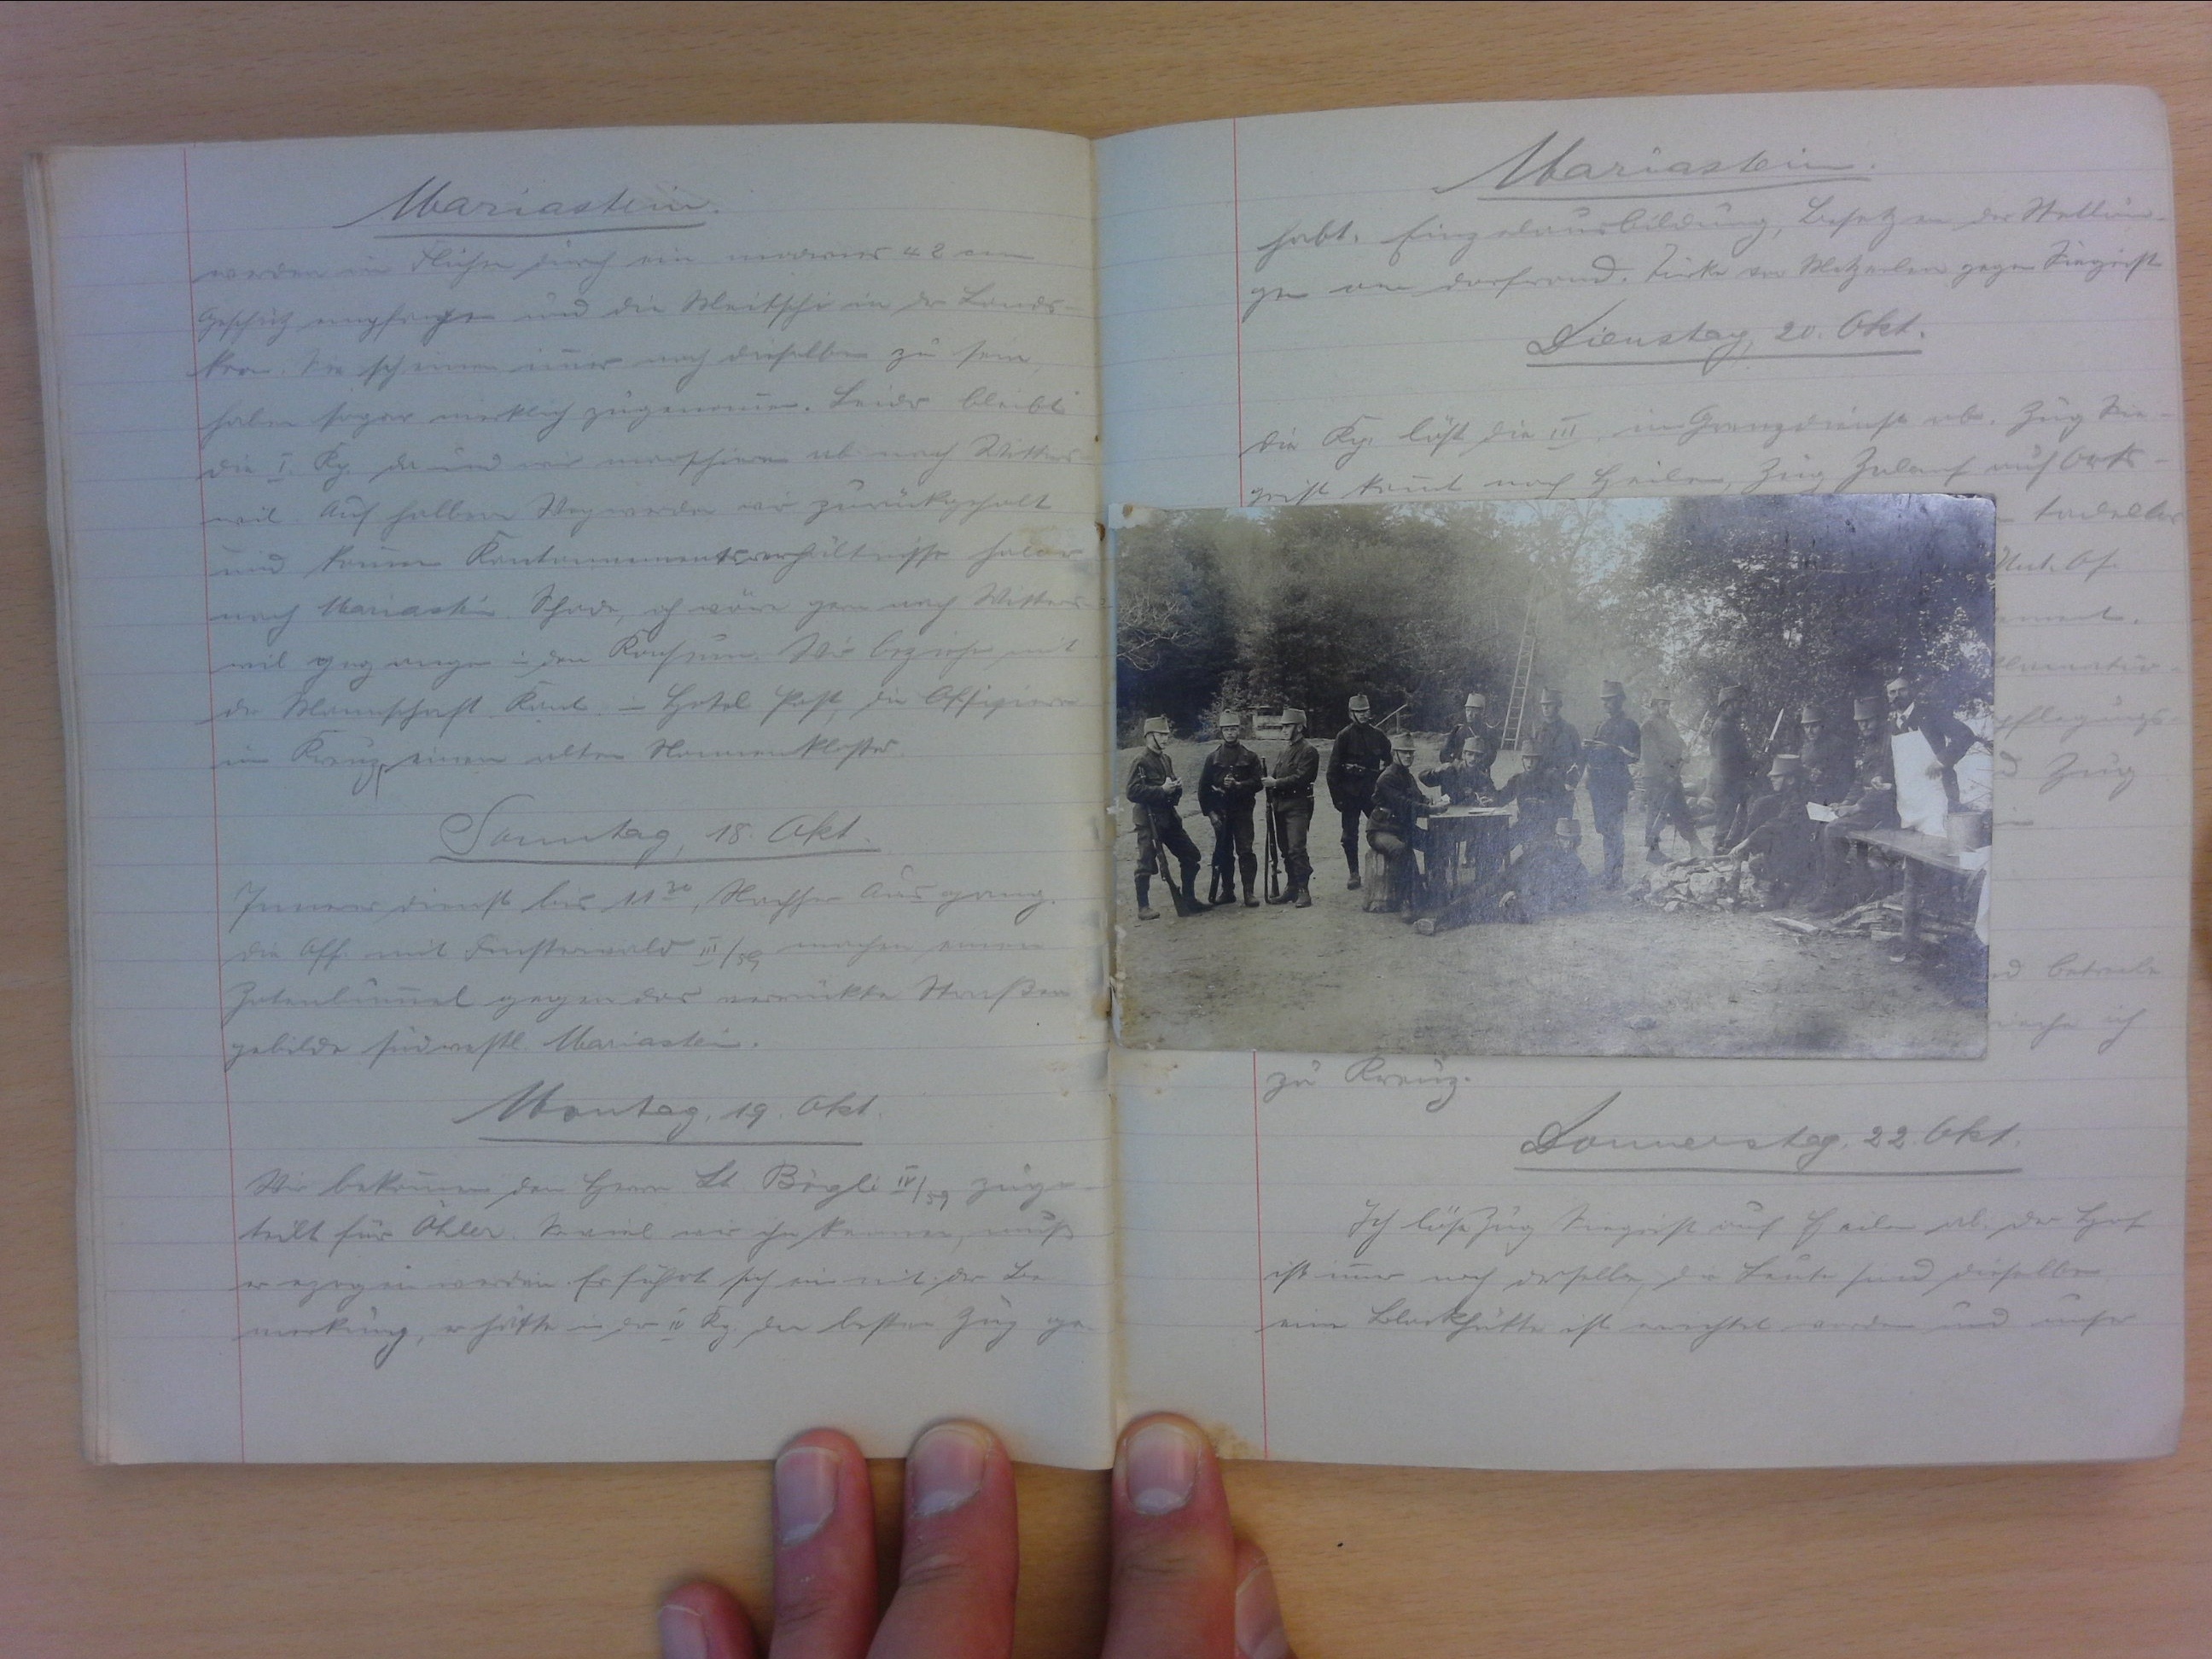
Mariastein
werden in Flühen durch ein modernes 42 cm
Geschütz empfangen und die Meitschi in der Lands-
kron. Sie scheinen immer noch dieselben zu sein,
haben sogar merklich zugenommen. Leider bleibt
die I. Kp. da und wir marschieren ab auf Witters-
wil. Auf halbem Weg werden wir zurückgefholt
und können Kantonnementsverhältnisse halber
nach Mariastein. Schade, ich wäre gern nach Witters-,
wil gegangen in den Konsum. Wir beziehen mit
der Mannschaft Kant. im Hotel Post, die Offiziere
im Krug, einem alten Nonnenkloster.
Samstag, 18. Okt.
Innerer Dienst bis 1130. Nachher Ausgang.
Die Off. mit Finsterwald III/59 machen einen
Zotenbummel gegen das verrückte Strassen-
gebilde südwestl. Mariastein
Montag, 19. Okt.
Wir bekommen den Herrn Lt. Bögli IV/59 zuge
teilt für Öhler. Soviel wir ihn kennen, muss
er erzogen werden. Er führt sich ein mit der Be-
merkung, er hätte in der IV. Kp. die besten Zug ge-